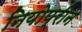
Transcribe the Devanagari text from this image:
नियोप्रीन